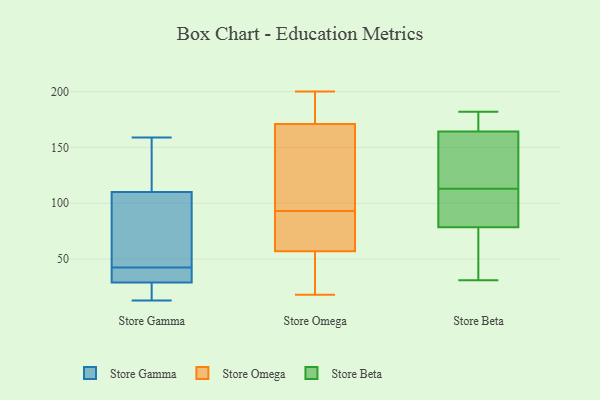
{"axis": {"x": "Operating Costs (USD K)", "y": "Value"}, "legend": ["Store Beta", "Store Gamma", "Store Omega"], "data": [{"x": "", "y": 110, "type": "Store Gamma"}, {"x": "", "y": 22, "type": "Store Gamma"}, {"x": "", "y": 63, "type": "Store Gamma"}, {"x": "", "y": 29, "type": "Store Gamma"}, {"x": "", "y": 16, "type": "Store Gamma"}, {"x": "", "y": 46, "type": "Store Gamma"}, {"x": "", "y": 80, "type": "Store Gamma"}, {"x": "", "y": 32, "type": "Store Gamma"}, {"x": "", "y": 38, "type": "Store Gamma"}, {"x": "", "y": 159, "type": "Store Gamma"}, {"x": "", "y": 39, "type": "Store Gamma"}, {"x": "", "y": 145, "type": "Store Gamma"}, {"x": "", "y": 112, "type": "Store Gamma"}, {"x": "", "y": 13, "type": "Store Gamma"}, {"x": "", "y": 45, "type": "Store Omega"}, {"x": "", "y": 188, "type": "Store Omega"}, {"x": "", "y": 71, "type": "Store Omega"}, {"x": "", "y": 115, "type": "Store Omega"}, {"x": "", "y": 58, "type": "Store Omega"}, {"x": "", "y": 18, "type": "Store Omega"}, {"x": "", "y": 57, "type": "Store Omega"}, {"x": "", "y": 200, "type": "Store Omega"}, {"x": "", "y": 171, "type": "Store Omega"}, {"x": "", "y": 125, "type": "Store Omega"}, {"x": "", "y": 122, "type": "Store Beta"}, {"x": "", "y": 69, "type": "Store Beta"}, {"x": "", "y": 182, "type": "Store Beta"}, {"x": "", "y": 108, "type": "Store Beta"}, {"x": "", "y": 107, "type": "Store Beta"}, {"x": "", "y": 156, "type": "Store Beta"}, {"x": "", "y": 60, "type": "Store Beta"}, {"x": "", "y": 31, "type": "Store Beta"}, {"x": "", "y": 169, "type": "Store Beta"}, {"x": "", "y": 113, "type": "Store Beta"}, {"x": "", "y": 167, "type": "Store Beta"}]}